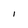
Character: l